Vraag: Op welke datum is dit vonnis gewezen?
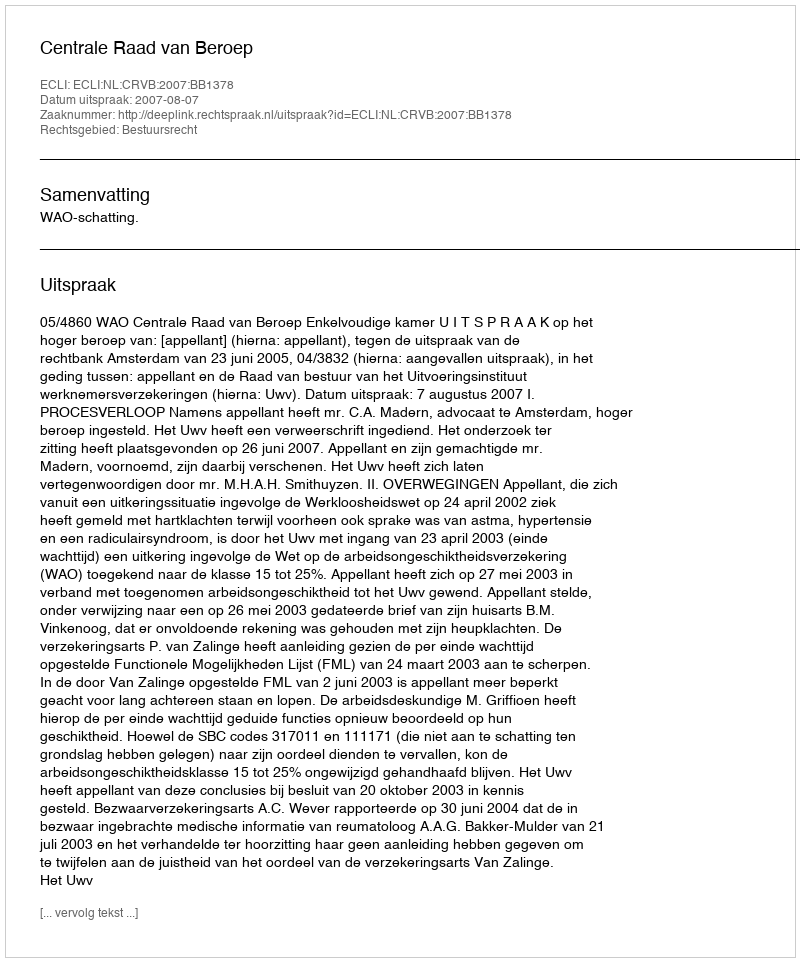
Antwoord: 2007-08-07